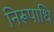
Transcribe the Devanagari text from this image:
निरूपाधि